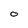
Character: 0